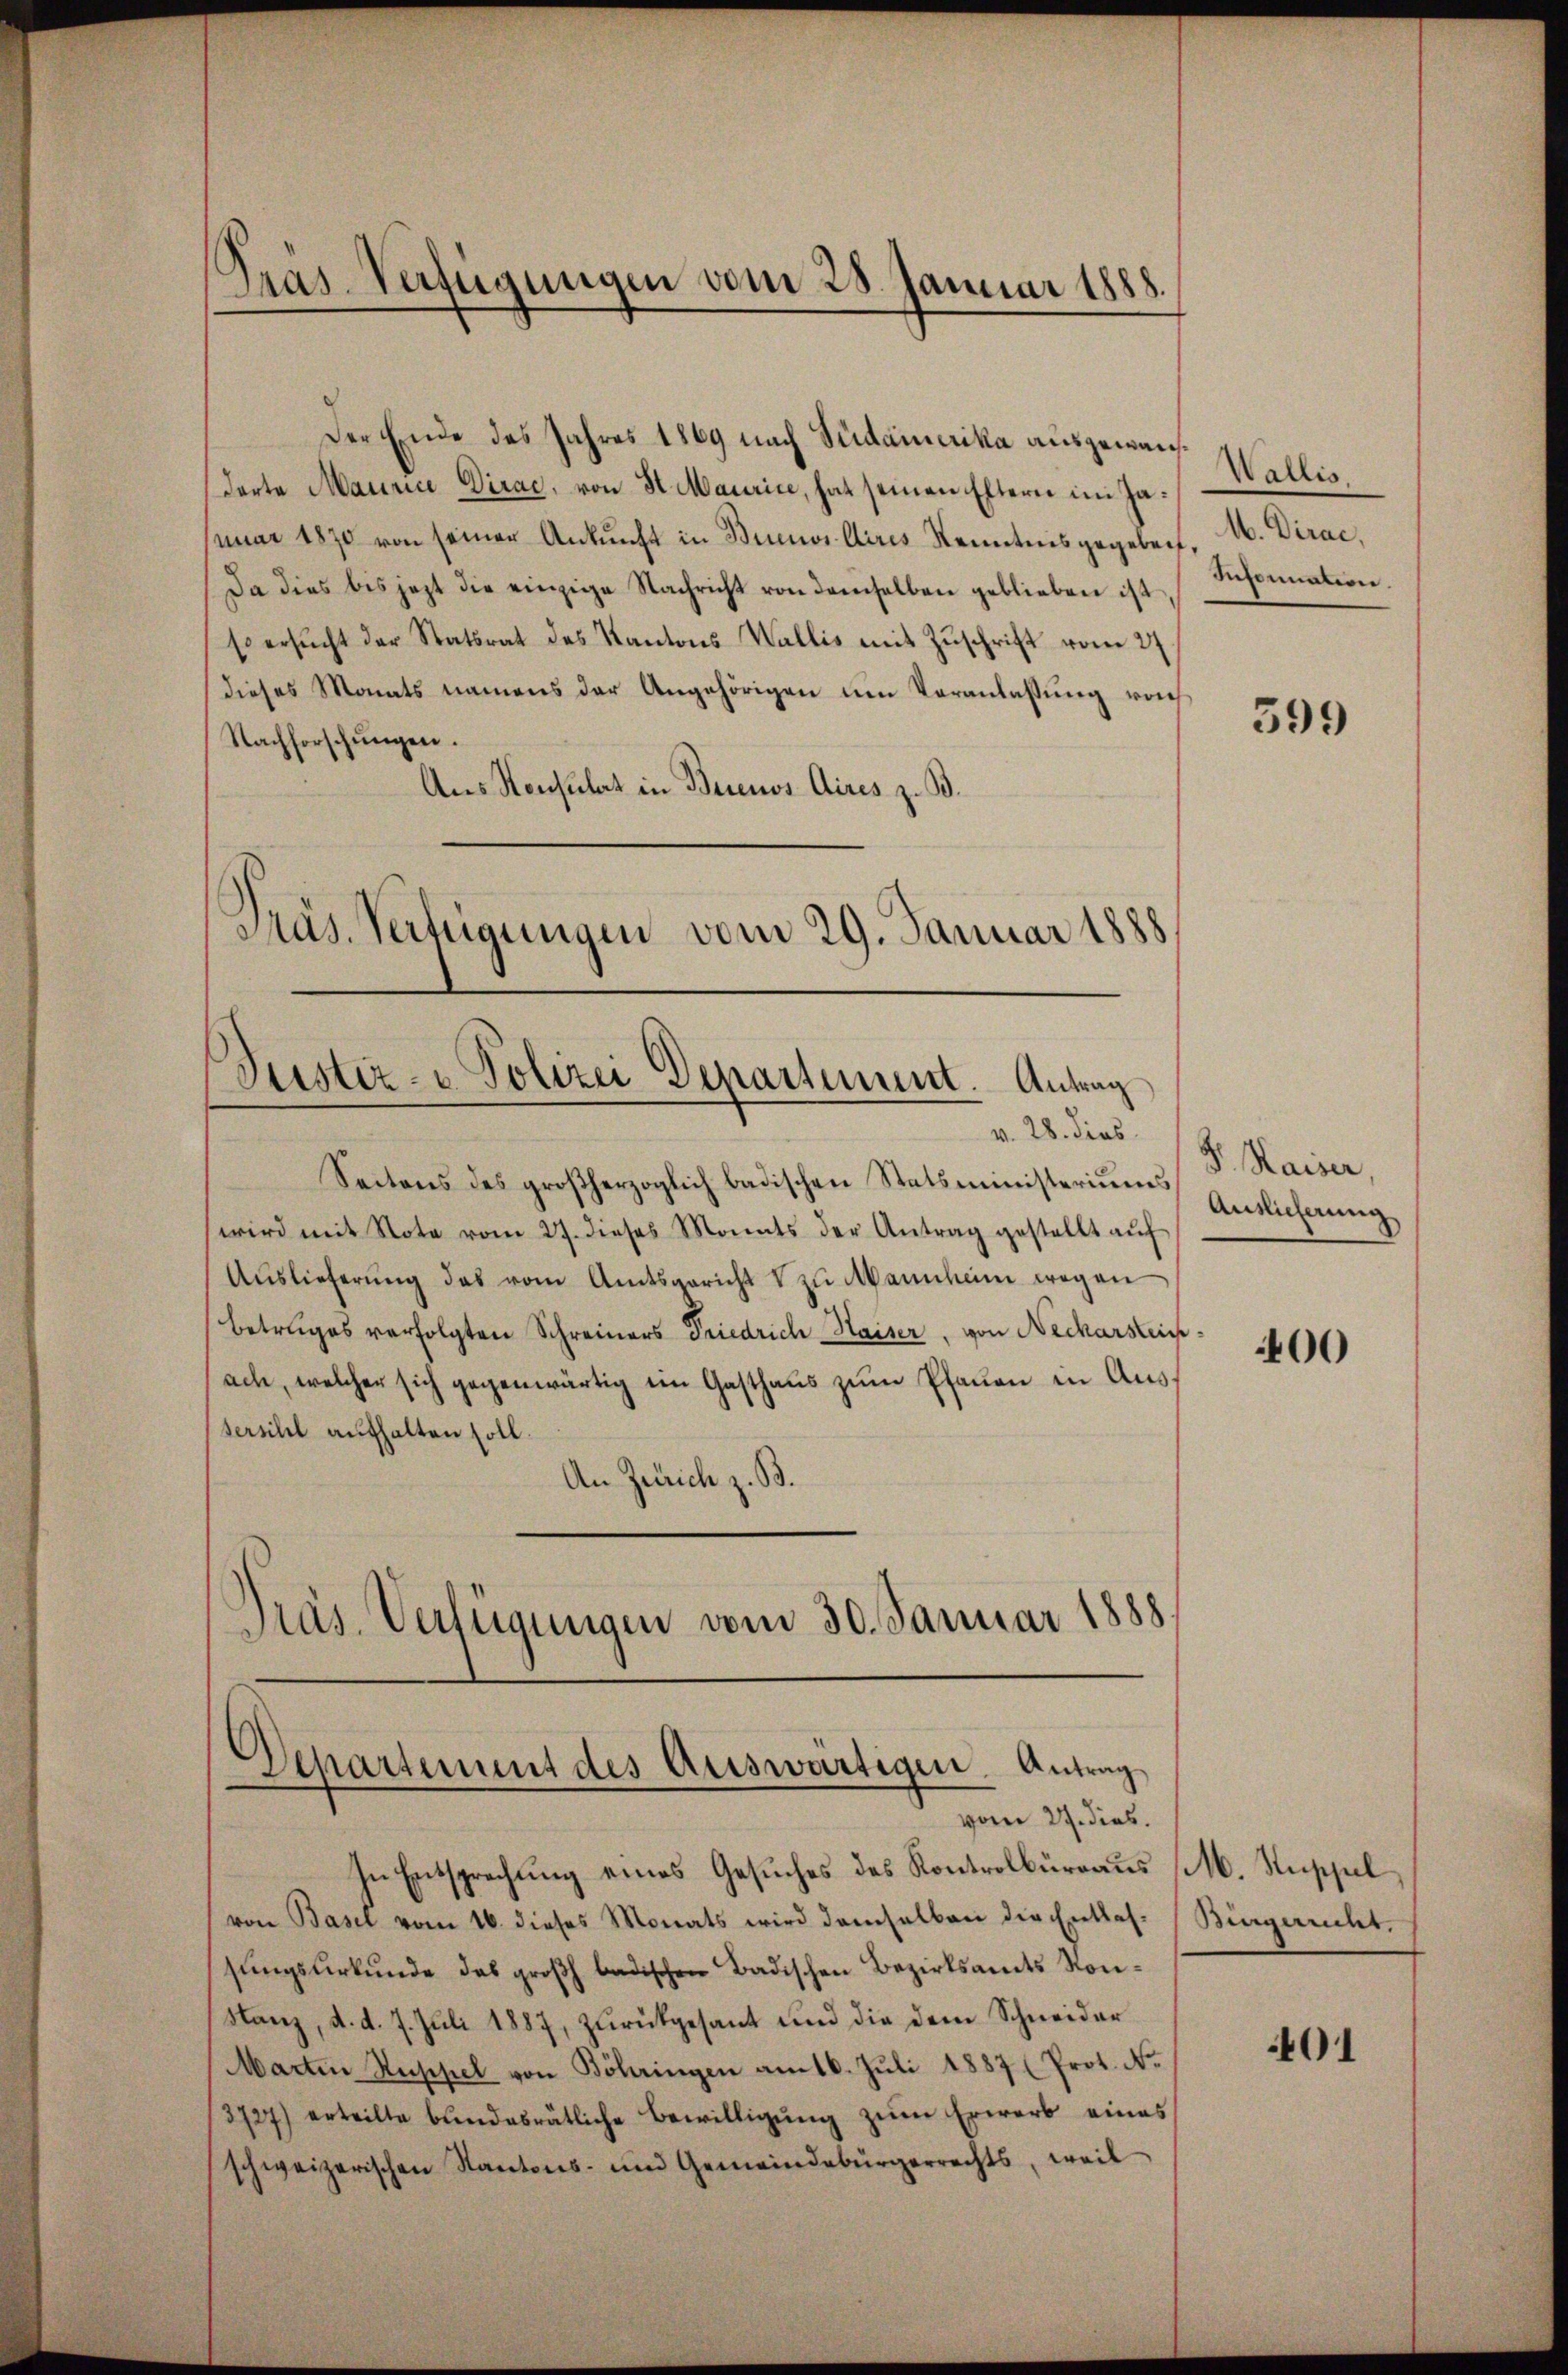
nuar 1870 von seiner Ankunft in Buenos Aires Kenntnis gegeben. M. Dirac,
Da dies bis jezt die einzige Nachricht von demselben geblieben ist
so ersŭcht der Statsrat des Kantons Wallis mit Zŭschrift vom 27.
dieses Monats namens der Angehörigen um Veranlassung vo
Nachforschŭngen.
Aus Konsulat in Buenos Aires z. B.
Präs. Verfügungen vom 29. Januar 1888

Präs-Verfügungen vom 28. Januar 1888.

Der Ende des Jahres 1869 nach Südamerika ausgewansdarte Maurice Dirac, von St. Maurice, hat seinen Eltern im Ja¬

Justiz- & Polizei Departement. Antrag
v. 28. dies

Seitens des großherzoglich badischen Statsministerium Auslichnung
wird mit Note vom 27. dieses Monats der Antrag gestellt aŭf
Auslieferŭng das vom Amtsgericht V zu Mannheim wegen
betruges verfolgten Schreiners Friedrich Haiser, von Neckarsteinach, welcher sich gegenwärtig im Gasthaus zum Pfauen in Aussersihl aufhalten soll
An Zürich z. B.
Präs. Verfügungen vom 30. Januar 1888.

Departement des Auswärtigen. Antrag
vom 27. dies.

In Entsprechung eines Gesuches des Kontrolbüreaus M. Suppl
von Basel vom 16. dieses Monats wird demselben die Entlas- (Bürgerricht.
sungsurkunde das großh. badischen Badischen Bezirksamts Konstanz, d. d. 7. Juli 1887, zurückgesant und die dem Schneider
Martin Stuppel von Böhringen am 16. Juli 1887 (Prot. N.
3727) erteilte bŭndesrätliche Bewilligŭng zŭm Erwarb eines
schweizerischen Kantons- und Gemeindebürgerrechts, weil

Wallis.
Infornation.

399

Dr. Kaiser,

400

401